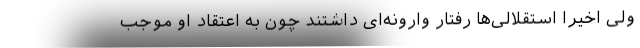
ولی اخیراً استقلالی‌ها رفتار وارونه‌ای داشتند چون به اعتقاد او موجب